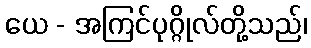
ယေ - အကြင်ပုဂ္ဂိုလ်တို့သည်၊